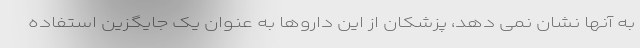
به آنها نشان نمی دهد، پزشکان از این داروها به عنوان یک جایگزین استفاده